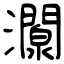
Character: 灁